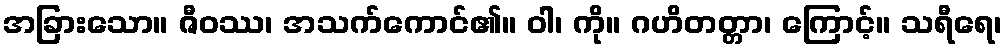
အခြားသော။ ဇီဝဿ၊ အသက်ကောင်၏။ ဝါ၊ ကို။ ဂဟိတတ္တာ၊ ကြောင့်။ သရီရေ၊